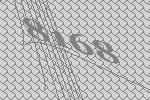
8168